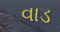
વાડ